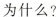
为什么?